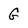
Character: G